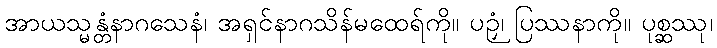
အာယသ္မန္တံနာဂသေနံ၊ အရှင်နာဂသိန်မထေရ်ကို။ ပဉှံ၊ ပြဿနာကို။ ပုစ္ဆဿု၊